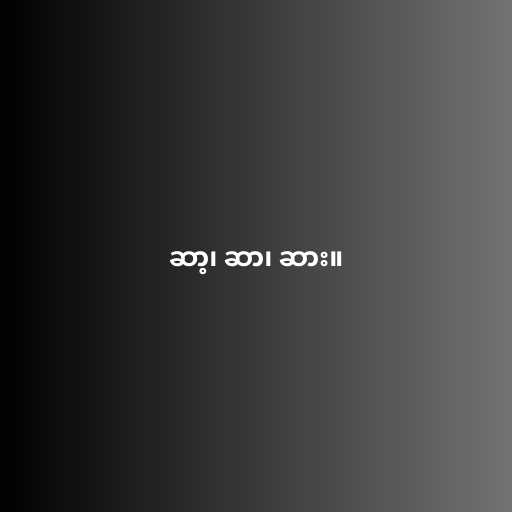
ဆာ့၊ ဆာ၊ ဆား။